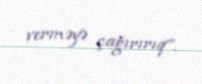
verməyə çağırırıq”.